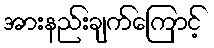
အားနည်းချက်ကြောင့်